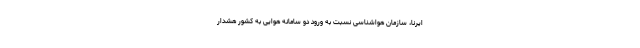
ایرنا، سازمان هواشناسی نسبت به ورود دو سامانه هوایی به کشور هشدار